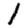
Digit: 1